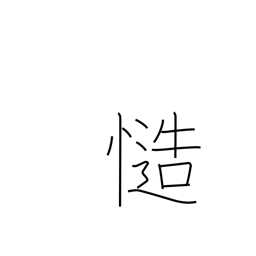
Meaning: certainly